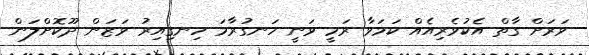
ވަރަށް ގާތް އެކުވެރިއެއް ކަމަވާ ރަމީ ވަނީ ހަނގުރާމަ ހިނގިއިރު ވަޒަން ދޫކޮށްލަން